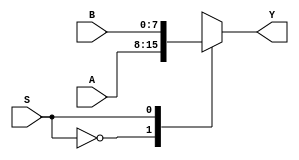
//---------------------Mux 2x1 8bits----------------------

//A -|0
//   |
//B- |1
// 

module mux_2x1 (output reg[7:0] Y, input S, input[7:0] A,B);
	
	//Test for selection bit
	always @ (S, A, B)

	case(S)
		1'b0:	Y=A;
		1'b1:	Y=B;
	endcase // S

endmodule // mux_4x1